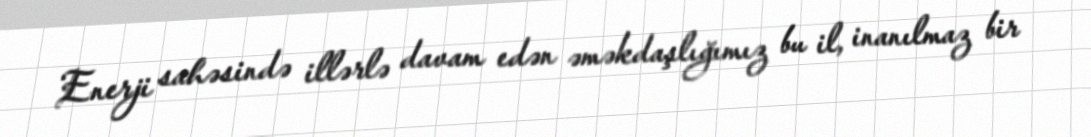
Enerji sahəsində illərlə davam edən əməkdaşlığımız bu il, inanılmaz bir